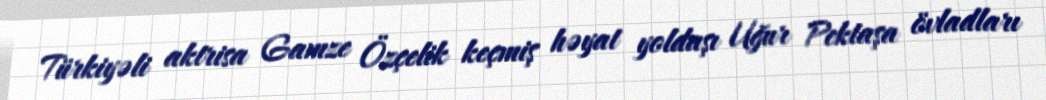
Türkiyəli aktrisa Gamze Özçelik keçmiş həyat yoldaşı Uğur Pektaşa övladları